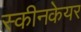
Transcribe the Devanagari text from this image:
स्कीनकेयर